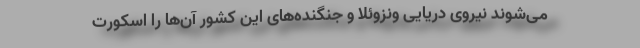
می‌شوند نیروی دریایی ونزوئلا و جنگنده‌های این کشور آن‌ها را اسکورت